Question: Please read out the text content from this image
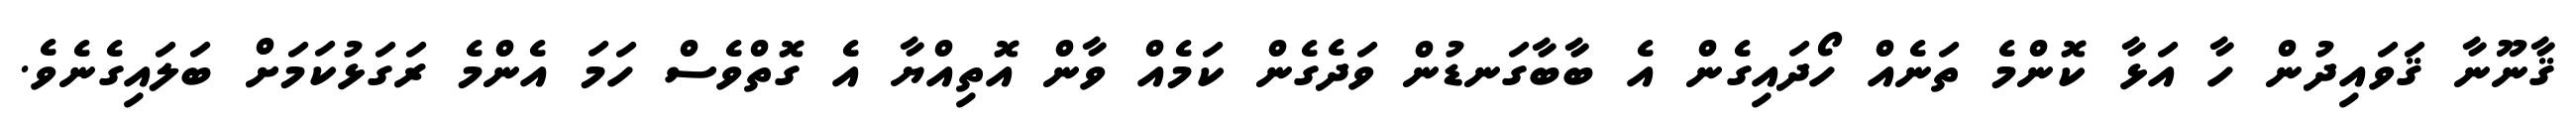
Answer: ޤާނޫނާ ޤަވައިދުން ހާ އަޅާ ކޮންމެ ތަނެއް ހޯދައިގެން އެ ބާބާގަނޑުން ވަދެގެން ކަމެއް ވާން އޮތިއްޔާ އެ ގޮތްވެސް ހަމަ އެންމެ ރަގަޅުކަމަށް ބަލައިގެނެވެ.